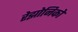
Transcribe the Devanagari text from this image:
रेझोनिको